Code of medical and sanitary regulations for the guidance of medical officers serving in the Madras Presidency - Volume II
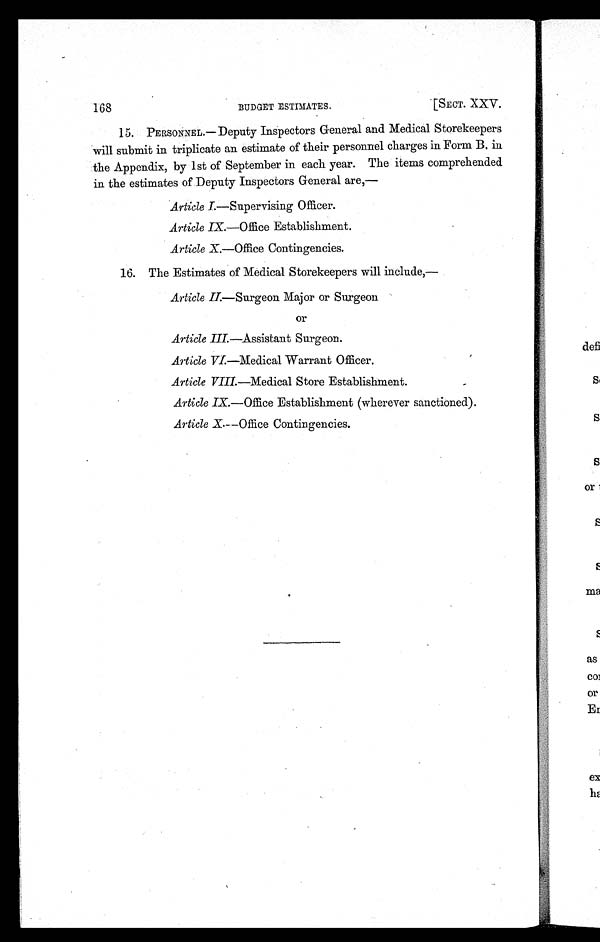
168
[ SECT. XXV.
BUDGET ESTIMATES.
15.PERSONNEL.— Deputy Inspectors General and Medical Storekeepers
will submit in triplicate an estimate of their personnel charges in Form B. in
the Appendix, by 1st of September in each year. The items comprehended
in the estimates of Deputy Inspectors General are,—
Article I.—Supervising Officer.
Article IX.—Office Establishment.
Article X.—Office Contingencies.
16.The Estimates of Medical Storekeepers will include,—
Article II.—Surgeon Major or Surgeon
or
Article III. —Assistant Surgeon.
Article VI. —Medical Warrant Officer.
Article VIII. —Medical Store Establishment.
Article IX. —Office Establishment (wherever sanctioned)
.
Article X.
— O f f i c e C o n t i n g e n c i e s .